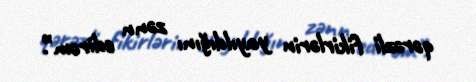
qərəzli fikirlərin yayıldığını zənn edirəm”.